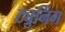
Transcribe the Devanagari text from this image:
ट्युनिंग